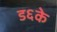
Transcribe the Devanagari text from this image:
ड६के